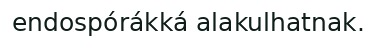
endospórákká alakulhatnak.